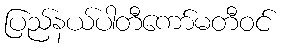
ပြည်နယ်ပါတီကော်မတီဝင်